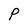
Character: P